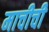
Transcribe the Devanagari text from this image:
माचीची